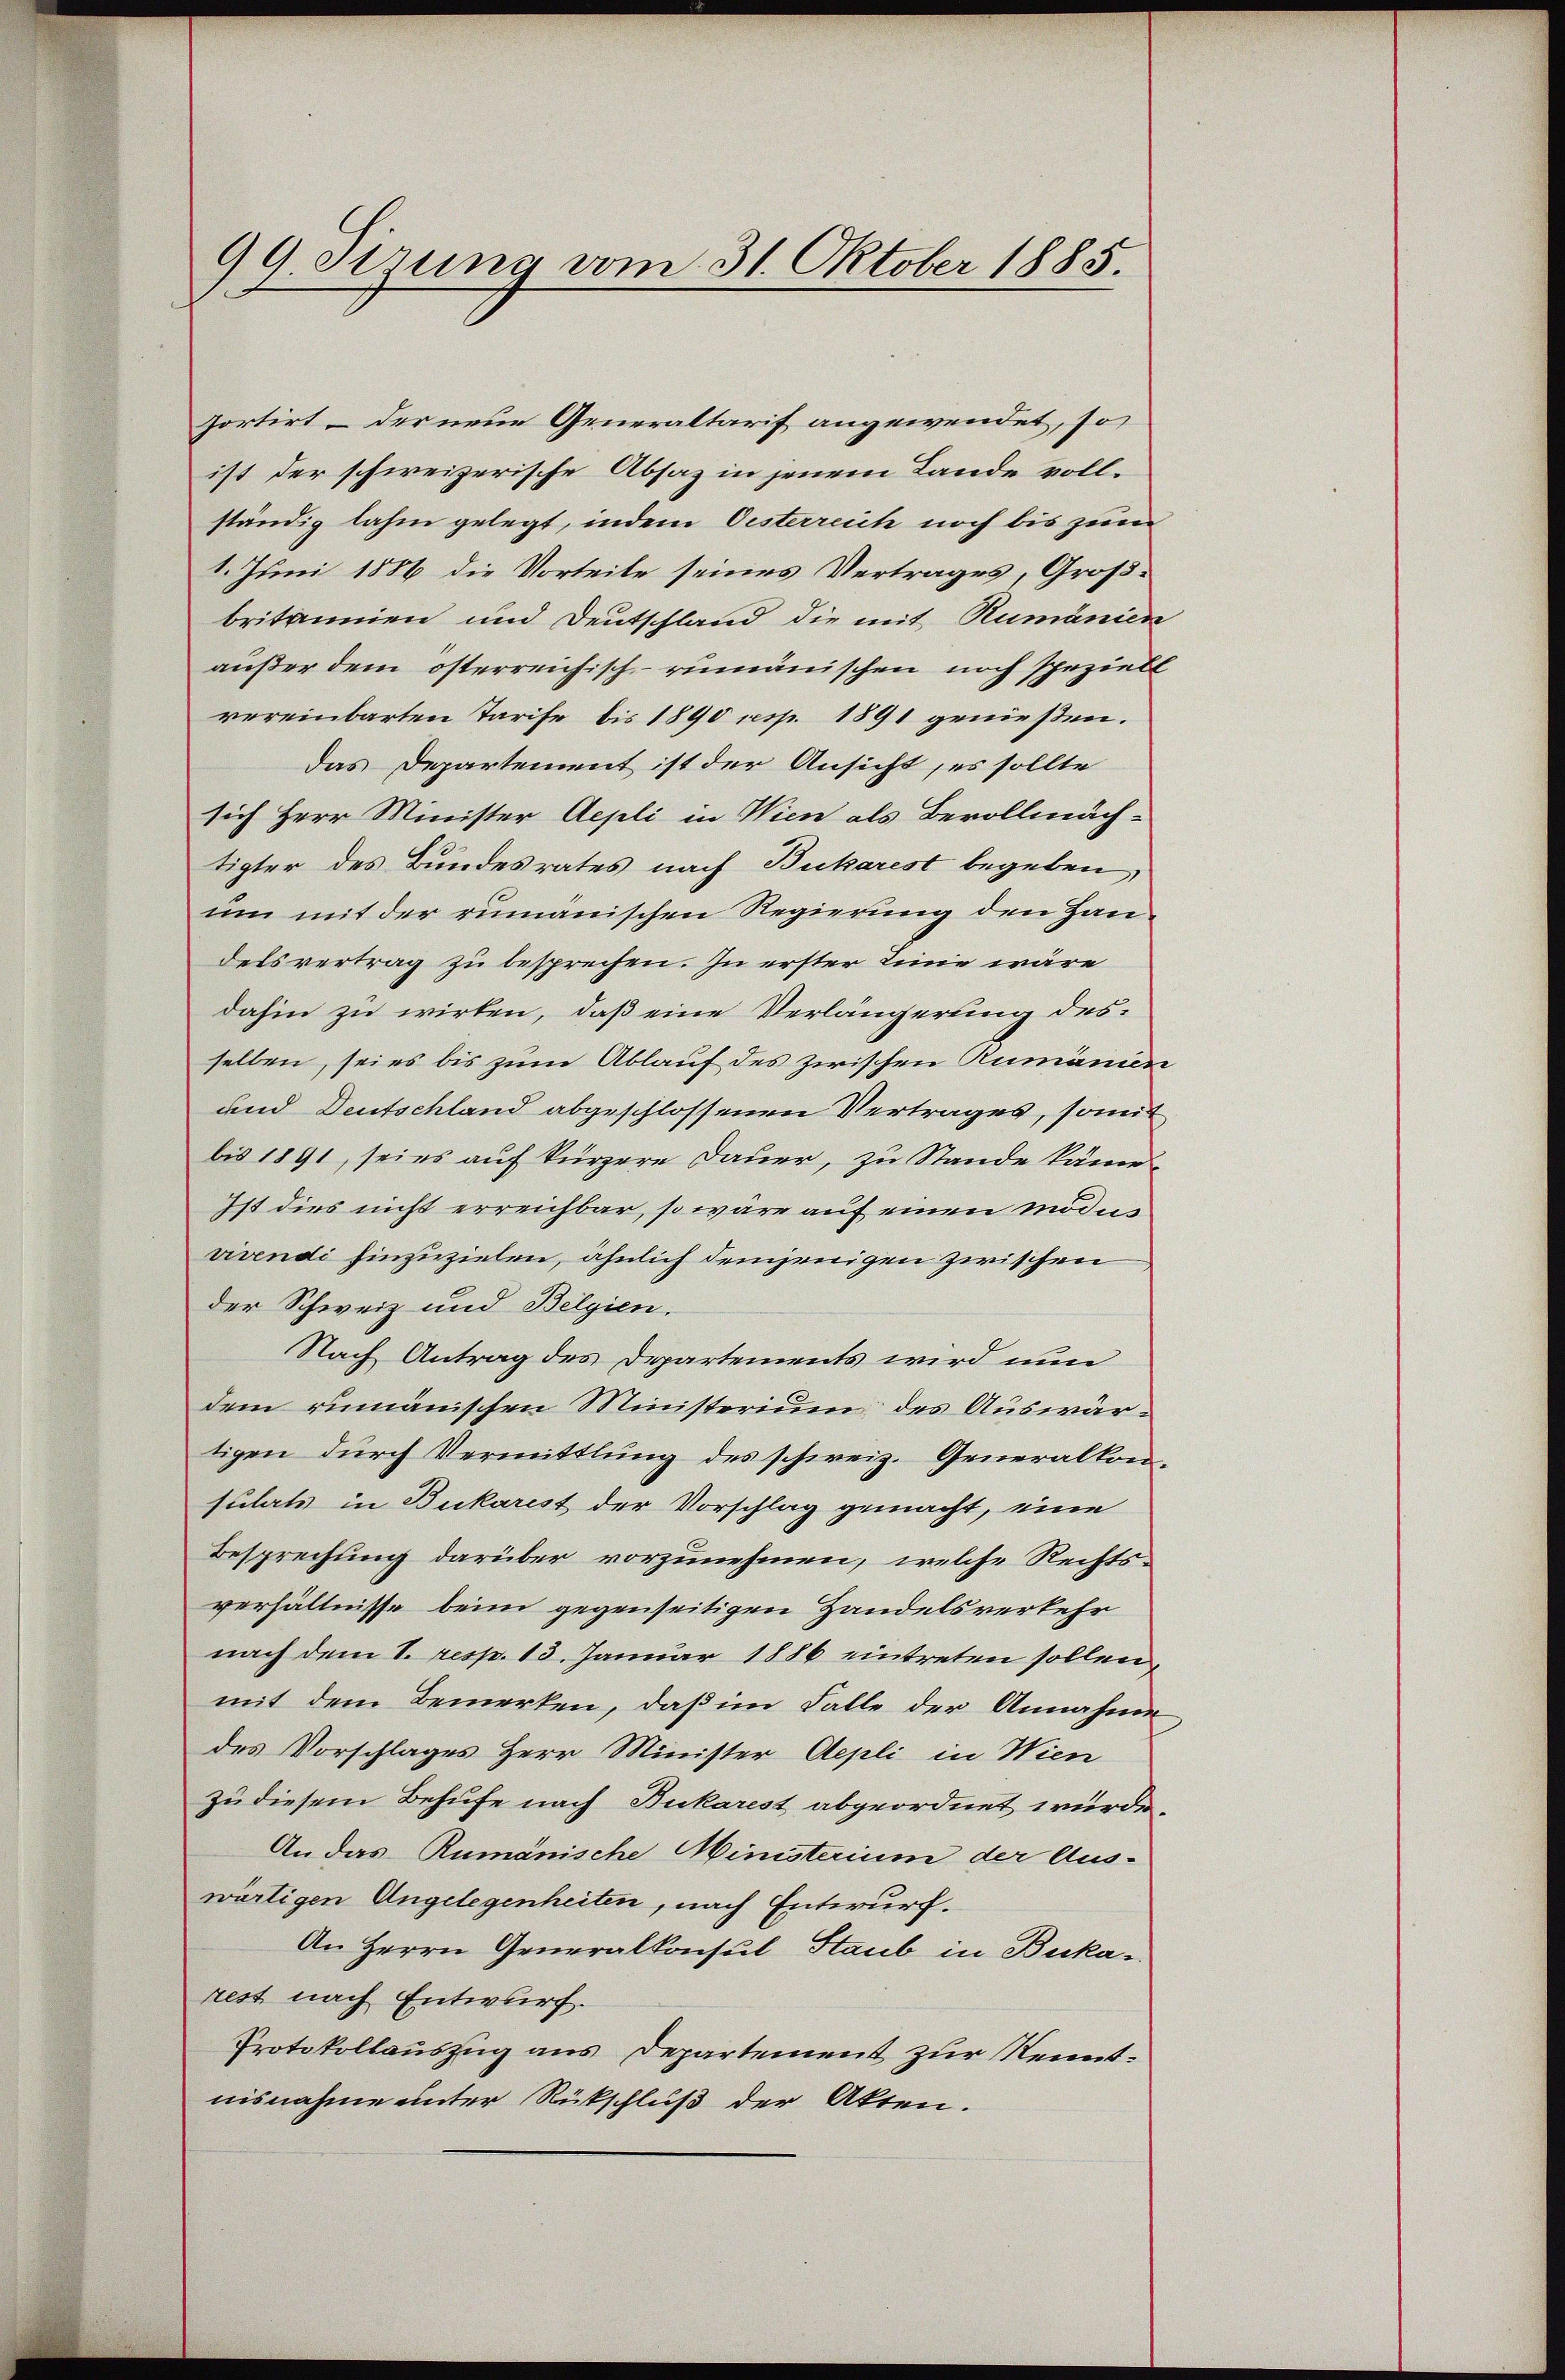
99 Sirung vom 31. Oktober 1885.

portirt – der neue Generaltarif angewendet, so
ist der schweizerische Absaz in jenem Lande vollständig lahm gelegt, indem Oesterreich noch bis zum
1. Juni 1886 die Vorteile seines Vertrages, Großbritannien und Deutschland die mit Rumänien
außer dem österreichisch-rumänischen noch spezielt
vereinbarten Tarife bis 1890 resp. 1891 genießen.
Das Departement ist der Ansicht, es sollte
sich Herr Minister Aepli in Wien als Bevollmäch-
tigter des Bundesrates nach Bukarest begeben,
um mit der rumänischen Regierung den Handers vertrag zu besprechen. In erster Linie wäre
dahin zu wirken, daß eine Verlängerung desselben, sei es bis zum Ablauf des zwischen Rumänien
und Deutschland abgeschlossenen Vertrages, somit
bis 1891, sei es auf kürzere Dauer, zu Stande käme.
Ist dies nicht erreichbar, so wäre auf einen modus
vivendi hinzuzielen, ähnlich demjenigen zwischen
der Schweiz und Belgien.
Nach Antrag des Departements wird nun
dem rumänischen Ministerium des Auswärtigen durch Vermittlung des schweiz. Generalkon-
sulats in Bukarist der Vorschlag gemacht, eine
Besprechung darüber vorzunehmen, welche Rechts-
verhältnisse beim gegenseitigen Handelsverkehr
nach dem 1. resp. 13. Januar 1886 eintreten sollen,
mit dem Bemerken, daß im Falle der Annahme
des Vorschlages Herr Minister Aepli in Wien
Zu diesem Behufe nach Bukarest abgeordnet wurde
An das Rumänische Ministerium der Aus-
wärtigen Angelegenheiten, nach Entwurf.
An Herrn Generalkonsul Staub in Buka-
rest nach Entwurf.
Protokollauszug aus Departement zur Kenntnisnahme unter Rückschluß der Akten.